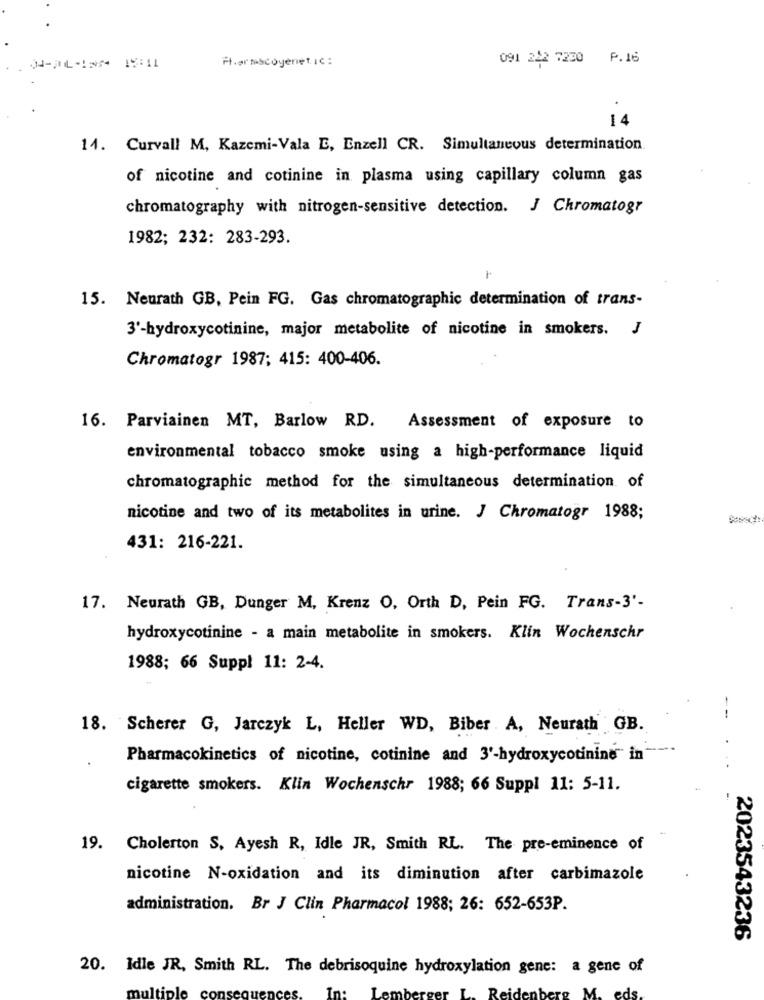
091 242 7230
P.16
1.04-04-188 19:11
14
14. Curvall M, Kazcmi-Vala E, Enzell CR. Simultaneous determination
of nicotine and cotinine in plasma using capillary column gas
chromatography with nitrogen-sensitive detection. J Chromatogr
1982; 232: 283-293.
15. Neurath GB, Pein FG. Gas chromatographic determination of trans-
3'-hydroxycotinine, major metabolite of nicotine in smokers. J
Chromatogr 1987; 415: 400-406.
16. Parviainen MT, Barlow RD. Assessment of exposure to
environmental tobacco smoke using a high-performance liquid
chromatographic method for the simultaneous determination of
nicotine and two of its metabolites in urine. J Chromatogr 1988;
431: 216-221.
17. Neurath GB, Dunger M, Krenz O, Orth D, Pein FG. Trans-3'-
hydroxycotinine - a main metabolite in smokers. Klin Wochenschr
1988; 66 Suppl 11: 2-4.
--
18. Scherer G, Jarczyk L, Heller WD, Biber A, Neurath GB.
Pharmacokinetics of nicotine, cotinine and 3'-hydroxycotinine in
cigarette smokers. Klin Wochenschr 1988; 66 Suppl 11: 5-11.
19. Cholerton S, Ayesh R, Idle JR, Smith RL. The pre-eminence of
nicotine N-oxidation and its diminution after carbimazole
administration. Br J Clin Pharmacol 1988; 26: 652-653P.
2023543236
20. Idie JR, Smith RL. The debrisoquine hydroxylation gene: a gene of
mu
Re